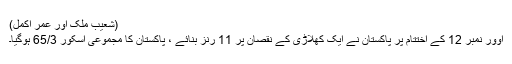
(شعیب ملک اور عمر اکمل)
اوور نمبر 12 کے اختتام پر پاکستان نے ایک کھلاڑی کے نقصان پر 11 رنز بنائے ، پاکستان کا مجموعی اسکور 65/3 ہوگیا۔